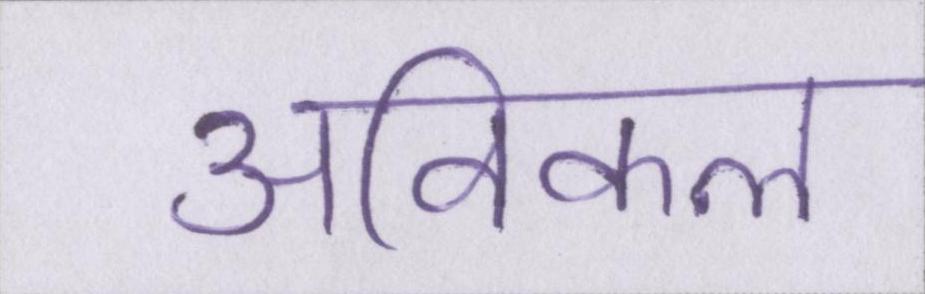
अविकल